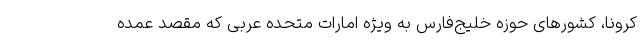
کرونا، کشورهای حوزه خلیج‌فارس به ویژه امارات متحده عربی که مقصد عمده‌